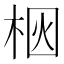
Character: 𪲗